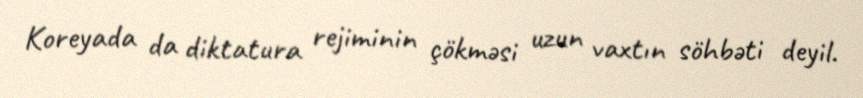
Koreyada da diktatura rejiminin çökməsi uzun vaxtın söhbəti deyil.